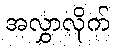
အလွှာလိုက်